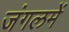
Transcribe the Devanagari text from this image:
जंगलमें